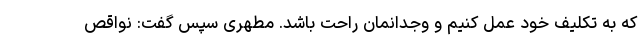
که به تکلیف خود عمل کنیم و وجدانمان راحت باشد. مطهری سپس گفت: نواقص